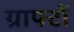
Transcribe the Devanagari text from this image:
ग्राफ्टों